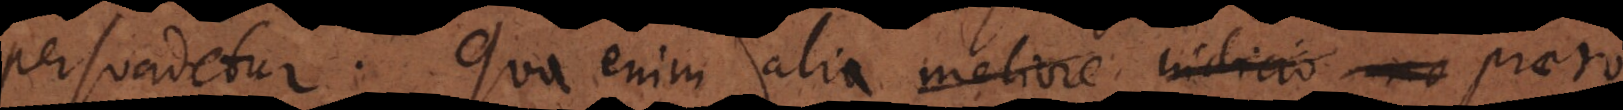
persuadetur: quo enim alio meliore indicio no